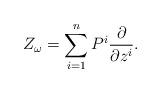
LaTeX: \begin{align*}Z_\omega=\sum_{i=1}^nP^i\frac{\partial}{\partial z^i}.\end{align*}